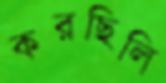
করছিলি